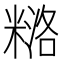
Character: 𰫅